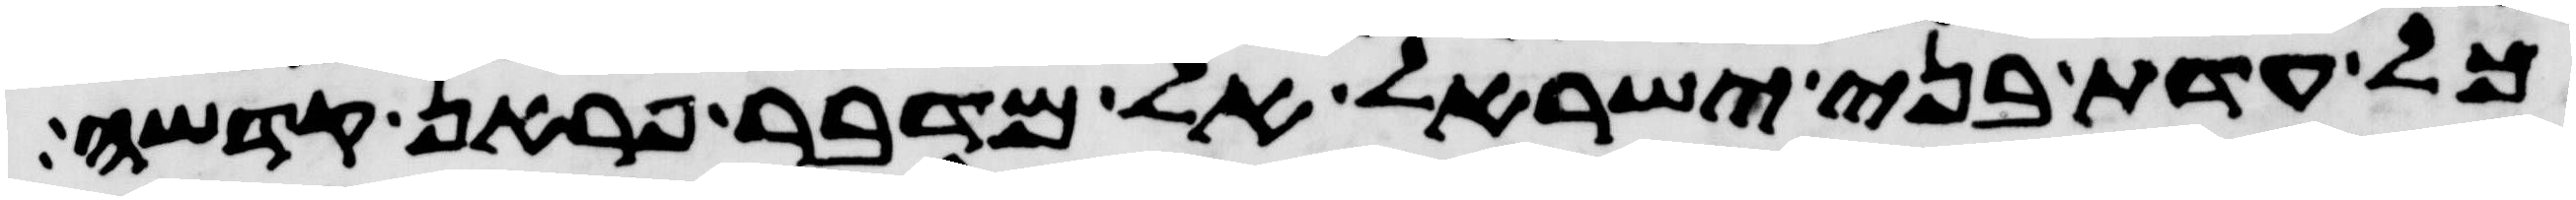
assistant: כל עדת בני ישראל אל מדבר פראן קדשה